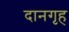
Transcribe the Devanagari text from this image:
दानगृह